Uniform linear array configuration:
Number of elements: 32
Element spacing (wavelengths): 0.25
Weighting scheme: uniform
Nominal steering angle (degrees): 45
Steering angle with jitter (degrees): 44.338
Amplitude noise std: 0.05
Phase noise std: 0.05

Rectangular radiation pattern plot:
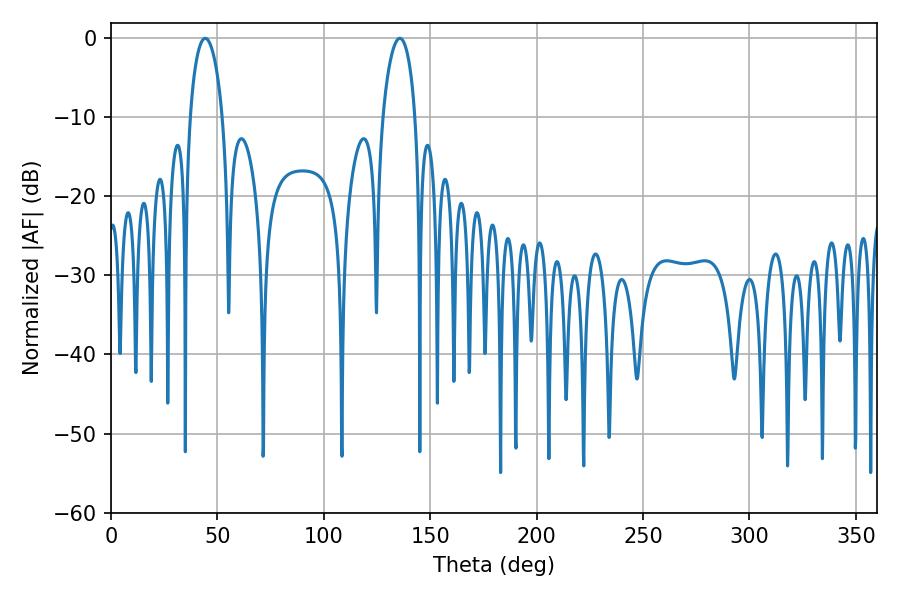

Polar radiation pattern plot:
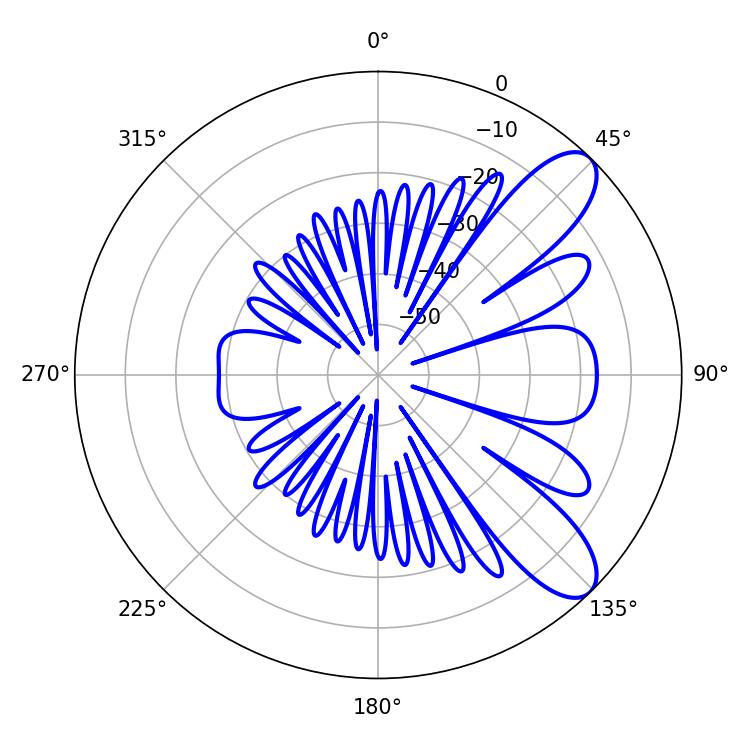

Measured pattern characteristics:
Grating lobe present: FALSE
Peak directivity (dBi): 9.091
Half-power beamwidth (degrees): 8.64
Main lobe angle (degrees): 44.28